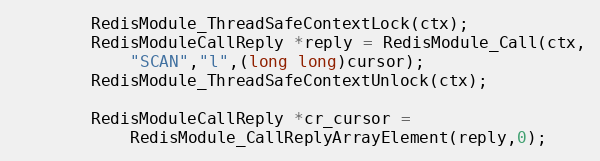
Language: C
        RedisModule_ThreadSafeContextLock(ctx);
        RedisModuleCallReply *reply = RedisModule_Call(ctx,
            "SCAN","l",(long long)cursor);
        RedisModule_ThreadSafeContextUnlock(ctx);

        RedisModuleCallReply *cr_cursor =
            RedisModule_CallReplyArrayElement(reply,0);